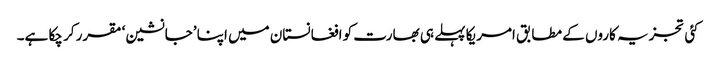
کئی تجزیہ کاروں کے مطابق امریکا پہلے ہی بھارت کو افغانستان میں اپنا ’جانشین‘ مقرر کر چکا ہے۔